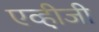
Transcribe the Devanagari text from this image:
एव्ही़जी